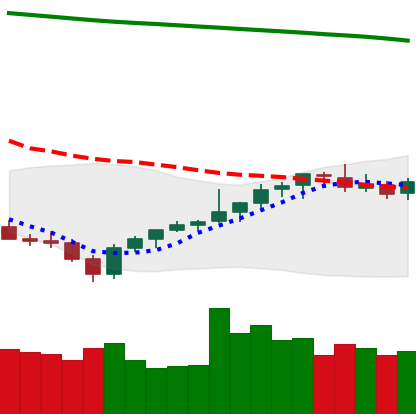
Ticker: LTC-USD
Chart end date: 2021-08-04
Forward return: 16.753%
Label: up_7plus